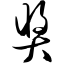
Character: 奖